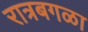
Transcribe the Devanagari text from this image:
रात्रबगळा